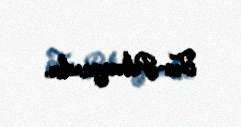
Ter-Petrosyandır.